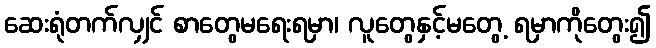
ဆေးရုံတက်လျှင် စာတွေမရေးရမှာ၊ လူတွေနှင့်မတွေ့ ရမှာကိုတွေး၍